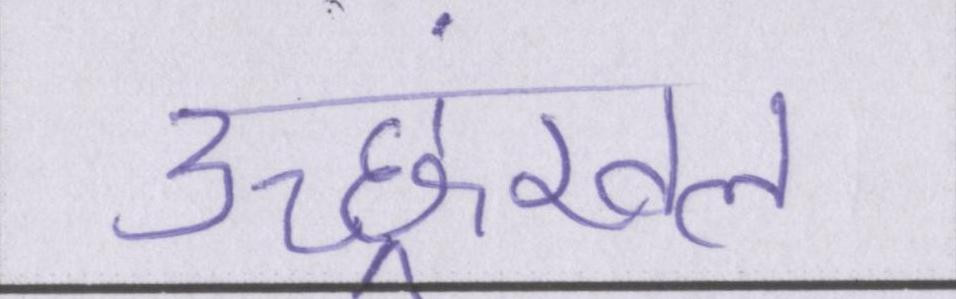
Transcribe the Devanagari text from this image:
उच्छ्रंखल